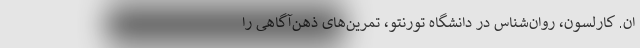
اِن. کارلسون، روان‌شناس در دانشگاه تورنتو، تمرین‌های ذهن‌آگاهی را